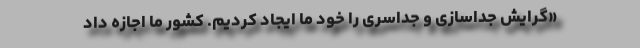
«گرایش جداسازی و جداسری را خود ما ایجاد كردیم. کشور ما اجازه داد